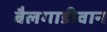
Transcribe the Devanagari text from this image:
बैलगाडीवान